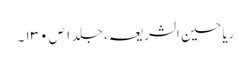
ریاحین الشریعہ ، جلد ۱ ص ۱۳۰ ۔